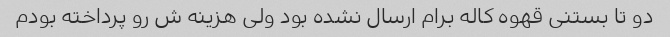
دو تا بستنی قهوه کاله برام ارسال نشده بود ولی هزینه ش رو پرداخته بودم